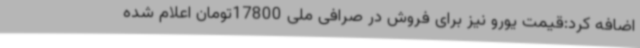
اضافه کرد:قیمت یورو نیز برای فروش در صرافی‌ ملی 17800تومان اعلام شده